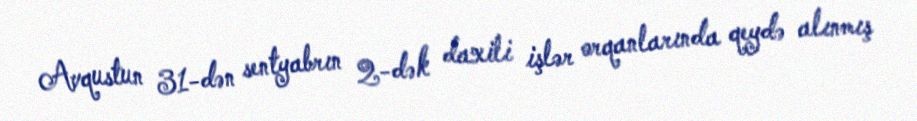
Avqustun 31-dən sentyabrın 2-dək daxili işlər orqanlarında qeydə alınmış